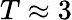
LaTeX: T\approx 3